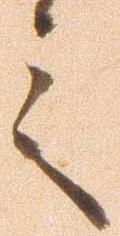
言